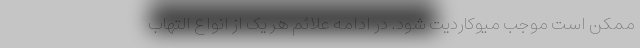
ممکن است موجب میوکاردیت شود. در ادامه علائم هر یک از انواع التهاب